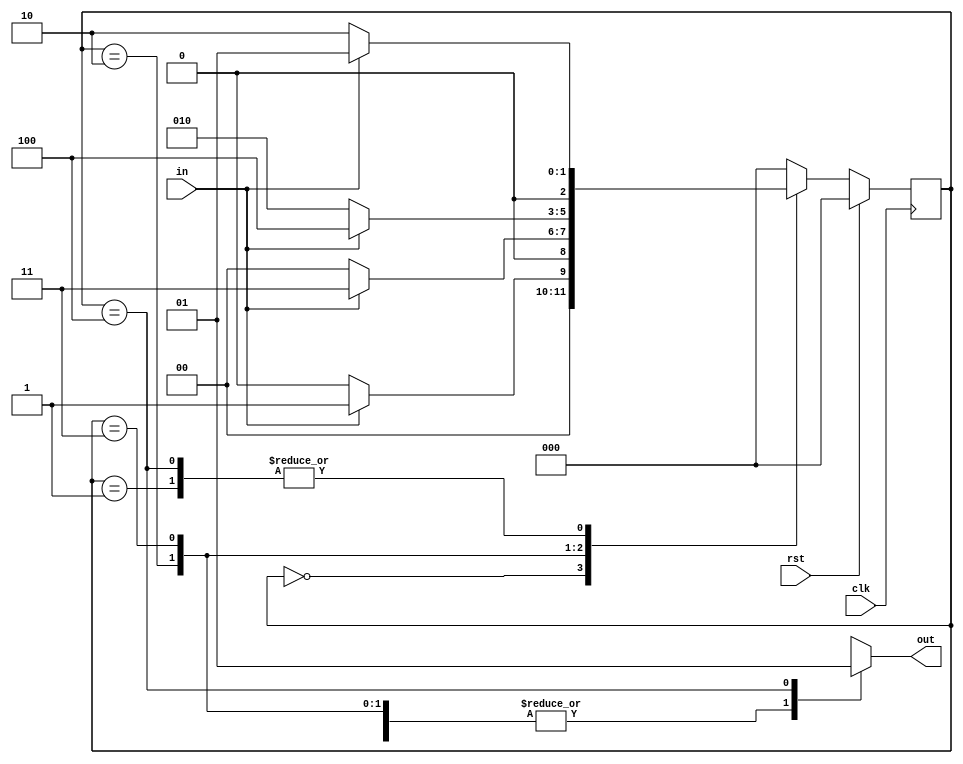
module moore_overlapping(in,clk,rst,out); //1011 sequence
  input in,clk,rst;
  output reg out;
  
  reg [2:0] presentstate, nextstate;
  parameter S0=0, S1=1, S10=2, S101=3, S1011=4;
  
  always@(posedge clk)
    begin
      if(rst)
        begin
          presentstate <= S0;
        end
      else 
        presentstate <= nextstate;
    end
  
  always@(presentstate or in)
    begin
      
      case(presentstate)
        
        S0 :
          begin
            out = 0;
            nextstate = in ? S1 : S0;
          end
        
        S1 :
          begin
            out = 0;
            nextstate = in ? S1 : S10;
          end
        
        S10 :
          begin
            out = 0;
            nextstate = in ? S101 : S0;
          end
        
        S101 :
          begin
            out = 0;
            nextstate = in ? S1011 : S10;
          end
        
        S1011 :
          begin
            out = 1;
            nextstate = in ? S1 : S10;
          end
        default : 
          begin
            out = 1'bx;
            nextstate = S0;
          end
      endcase
    end
endmodule